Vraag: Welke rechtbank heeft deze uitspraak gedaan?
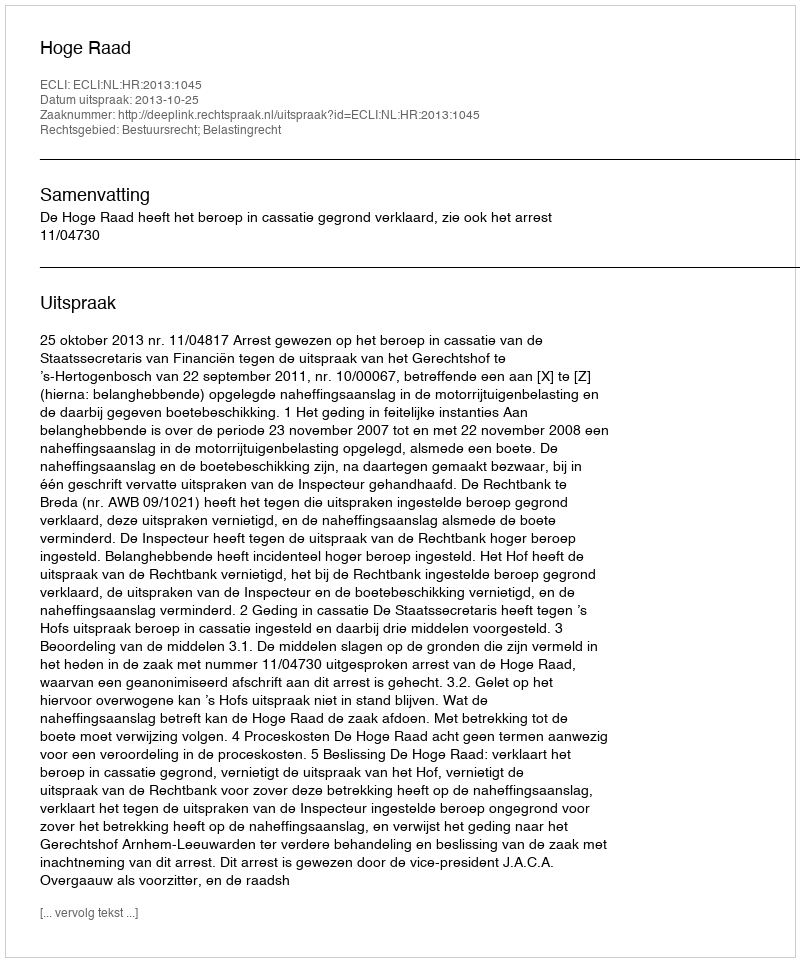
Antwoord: Hoge Raad